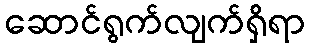
ဆောင်ရွက်လျက်ရှိရာ